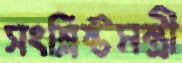
সংশ্লিষ্টমন্ত্রী